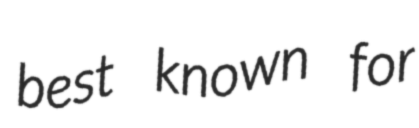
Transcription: best known for